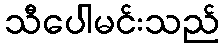
သီပေါမင်းသည်